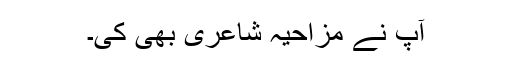
آپ نے مزاحیہ شاعری بھی کی۔